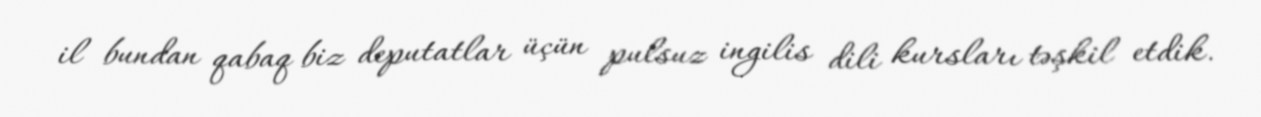
il bundan qabaq biz deputatlar üçün pulsuz ingilis dili kursları təşkil etdik.